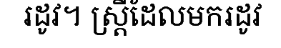
រដូវ។ ស្ត្រីដែលមករដូវ